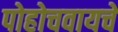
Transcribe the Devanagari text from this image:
पोहोचवायचे